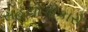
સહયોગીકારો